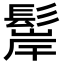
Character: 𩭢